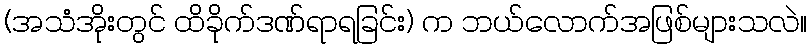
(အသံအိုးတွင် ထိခိုက်ဒဏ်ရာရခြင်း) က ဘယ်လောက်အဖြစ်များသလဲ။